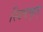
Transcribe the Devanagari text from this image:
स्विष्टकृत्